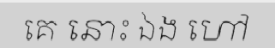
គេ នោះ ឯង ហៅ